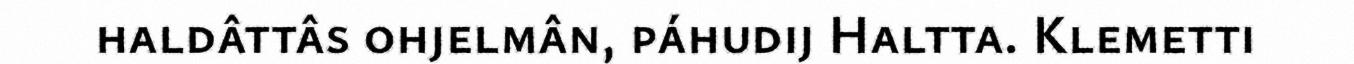
haldâttâs ohjelmân, páhudij Haltta. Klemetti